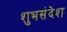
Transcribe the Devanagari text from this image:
शुभसंदेश